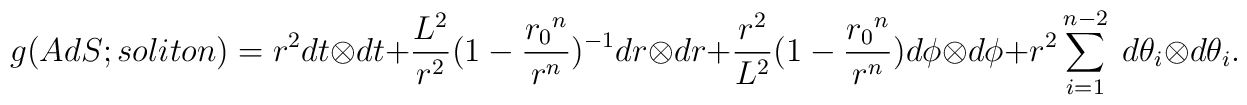
g(AdS;soliton) = {r^2}dt \otimes dt + {{L^2} \over {r^2}}{(1 - {{{r_0}^n} \over {r^n}})^{-1}}dr \otimes dr + {{r^2} \over {L^2}}{(1 - {{{r_0}^n} \over {r^n}})}d\phi \otimes d\phi + {r^2}\sum^{n-2}_{i=1} \; d\theta_i \otimes d\theta_i.